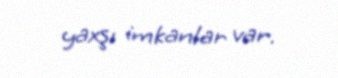
yaxşı imkanlar var.